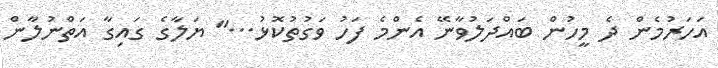
އަހަރުމެން ދެ މީހުން ބައްދަލުވާނޭ އެންމެ ފަހު ވަގުތުކޮޅު..." ޔަލާގެ ގައިގާ އަތްނުލާން